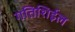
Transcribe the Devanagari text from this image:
गतिशिईल